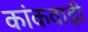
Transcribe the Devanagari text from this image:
कांकवाड़ी